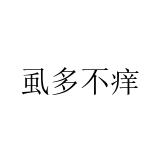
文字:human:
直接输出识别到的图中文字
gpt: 虱多不痒